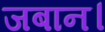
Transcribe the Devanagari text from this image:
जबान।